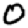
Digit: 0